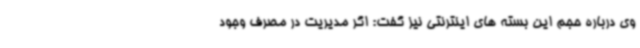
وی درباره حجم این بسته های اینترنتی نیز گفت: اگر مدیریت در مصرف وجود